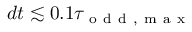
d t \lesssim 0 . 1 \tau _ { \mathrm { ~ o ~ d ~ d ~ } , \mathrm { ~ m ~ a ~ x ~ } }